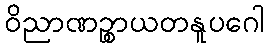
ဝိညာဏဉ္စာယတနူပဂေါ